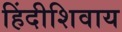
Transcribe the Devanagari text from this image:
हिंदीशिवाय